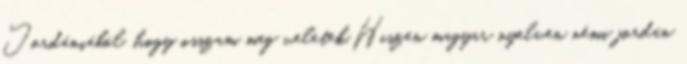
Jordániából, hogy osszam meg veletek.Hiszen magyar nyelven némi jordán